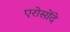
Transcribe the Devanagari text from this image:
एरोसोंदे